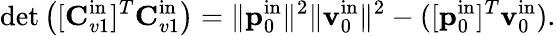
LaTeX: \operatorname*{det}\left([\mathbf{C}_{v1}^{\mathrm{in}}]^{T}\mathbf{C}_{v1}^{\mathrm{in}}\right)=\| \mathbf{p}_{0}^{\mathrm{in}}\| ^{2}\| \mathbf{v}_{0}^{\mathrm{in}}\| ^{2}-([\mathbf{p}_{0}^{\mathrm{in}}]^{T}\mathbf{v}_{0}^{\mathrm{in}}).